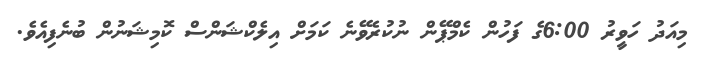
މިއަދު ހަވީރު 6:00ގެ ފަހުން ކެމްޕޭން ނުކުރެވޭނެ ކަމަށް އިލެކްޝަންސް ކޮމިޝަނުން ބުނެފިއެވެ.